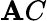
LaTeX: \mathbf{A}C